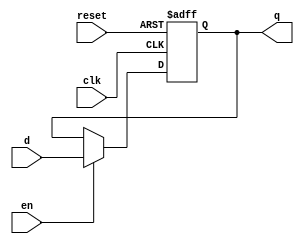
`timescale 1ns / 1ps
//////////////////////////////////////////////////////////////////////////////////
// Company: 
// Engineer: 
// 
// Design Name: 
// Module Name:    Registro_1 
// Project Name: 
// Target Devices: 
// Tool versions: 
// Description: 
//
// Dependencies: 
//
// Revision: 
// Revision 0.01 - File Created
// Additional Comments: 
//
//////////////////////////////////////////////////////////////////////////////////
module Registro_1(

input wire clk, reset ,
input wire en ,
input wire d ,
output reg q
);

always @(posedge clk, posedge reset)
if (reset)
q <= 1'b0;
else if (en)
q <= d ;

endmodule